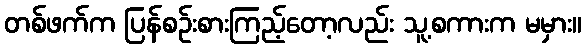
တစ်ဖက်က ပြန်စဉ်းစားကြည့်တော့လည်း သူ့စကားက မမှား။